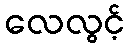
လေလွင့်